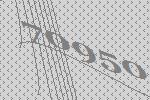
70950